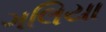
ગલિયા